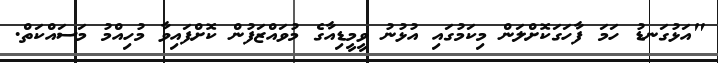
"އަޅުގަނޑު ހަމަ ފާހަގަކޮށްލަން މިކަމުގައި އުޅުނު ވީމީޑިއާގެ މުވައްޒަފުން ކޮށްފައިވާ މުހިއްމު މަސައްކަތް.